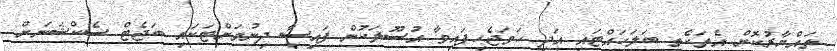
ތައްޔާރުކޮށް އެތަކެތި ބަލަހައްޓައި އަދި ހަމަޖެހިފައިވާ އުސޫލަކުން ފައިސާ ދިނުމަށްޓަކައި ބަޖެޓް ސެކްޝަނަށް